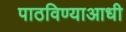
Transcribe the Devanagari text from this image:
पाठविण्याआधी